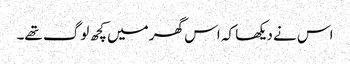
اس نے دیکھا کہ اس گھر میں کچھ لوگ تھے۔